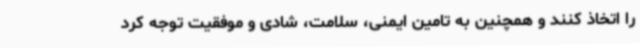
را اتخاذ کنند و همچنین به تامین ایمنی، سلامت، شادی و موفقیت توجه کرد